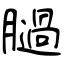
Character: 膼